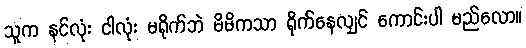
သူက နင်လုံး ငါလုံး မရိုက်ဘဲ မိမိကသာ ရိုက်နေလျှင် ကောင်းပါ မည်လော။